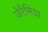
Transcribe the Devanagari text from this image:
जेरैमिया